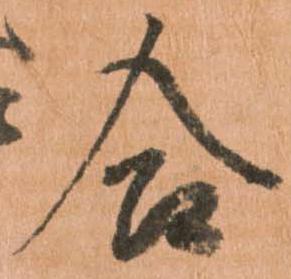
合